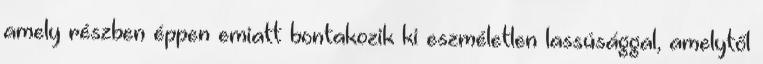
amely részben éppen emiatt bontakozik ki eszméletlen lassúsággal, amelytől